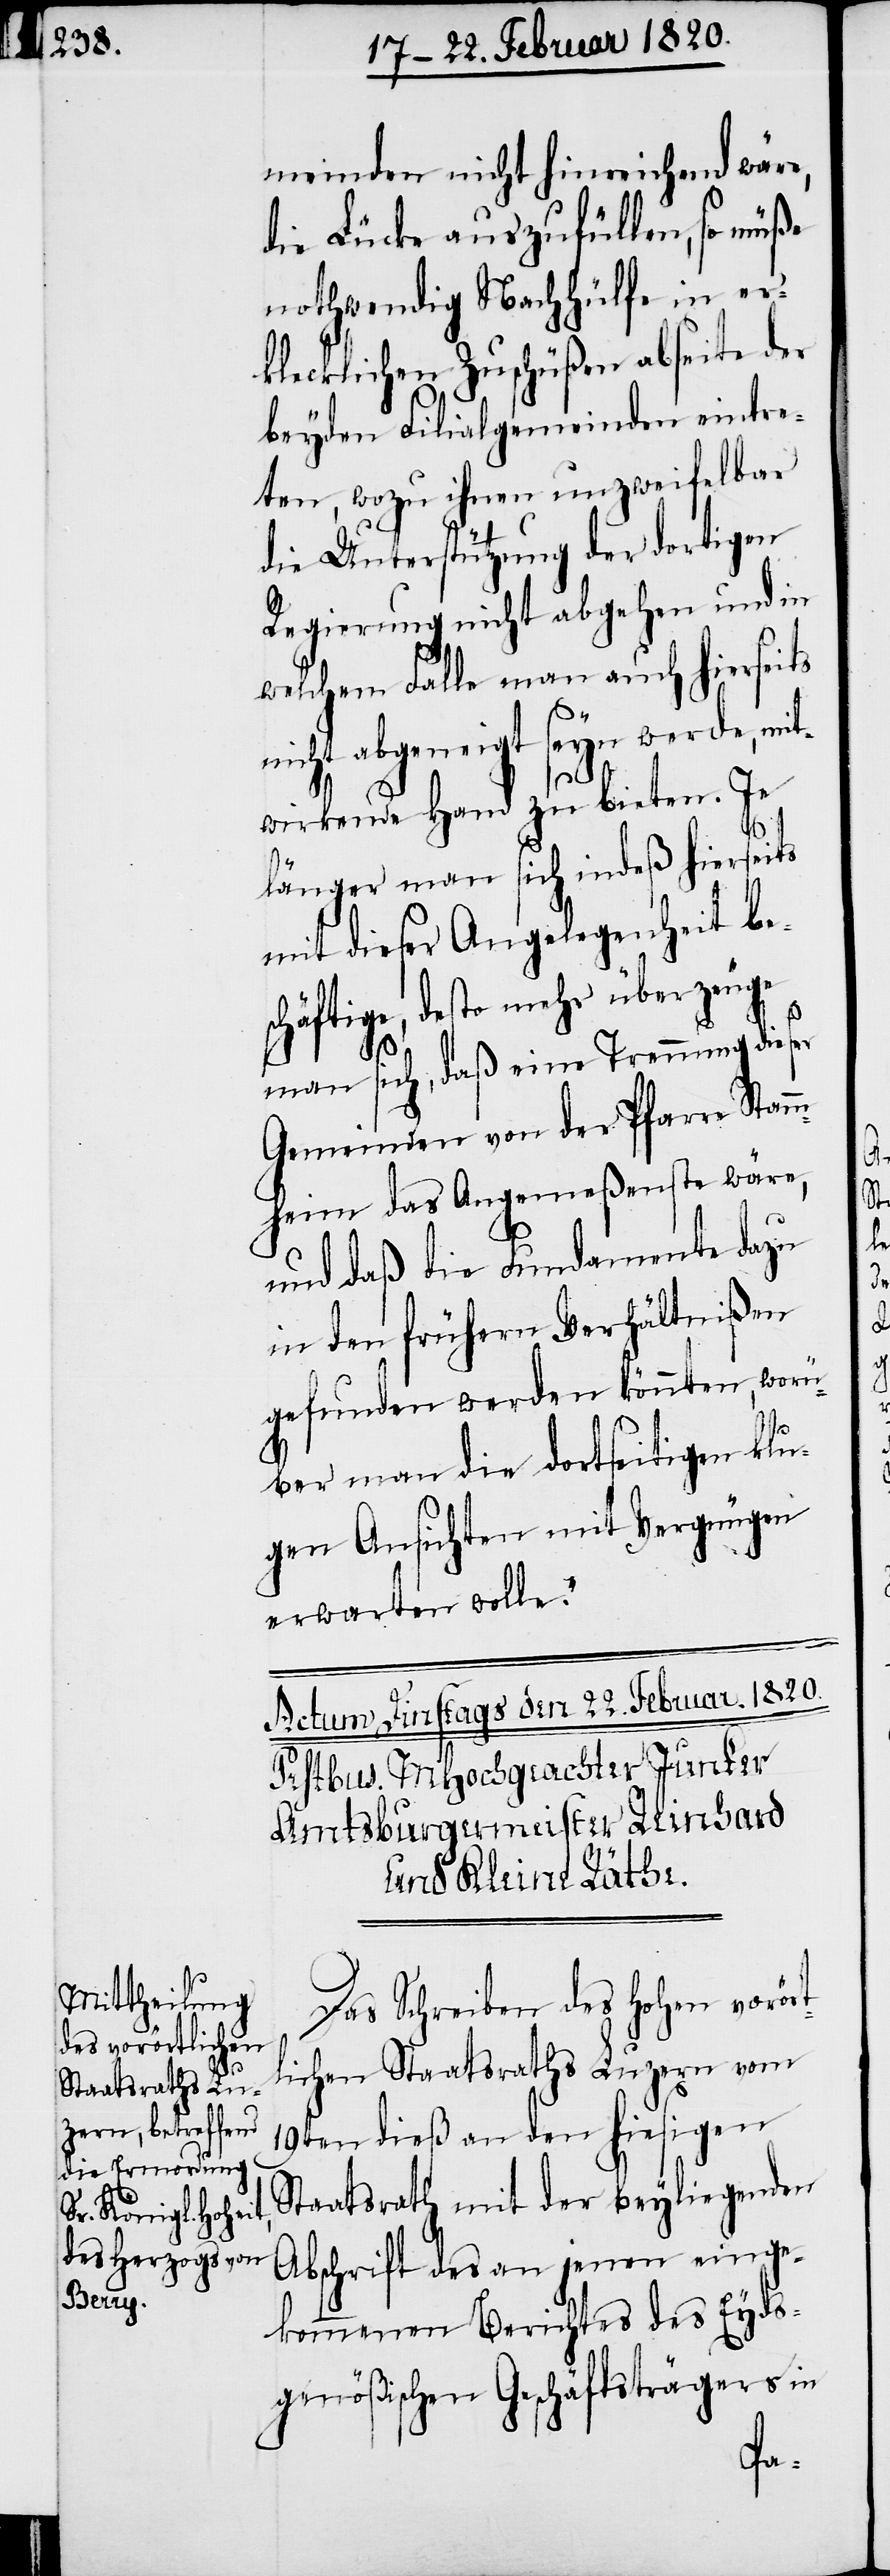
meinden nicht hinreichend wäre,
die Lücke auszufüllen, so müße
nothwendig Nachhülfe in er¬
klecklichen Zuschüßen abseite der
beyden Filialgemeinden eintre¬
ten, wozu ihnen unzweifelbar
die Unterstützung der dortigen
Regierung nicht abgehen und in
welchem Falle man auch hierseits
nicht abgeneigt seyn werde, mi¬
twirkende Hand zu bieten. Je
länger man sich indeß hierseits
mit dieser Angelegenheit be¬
schäftige, desto mehr überzeuge
man sich, daß eine Trennung dieser
Gemeinden von der Pfarre Stam¬
mheim das Angemeßenste wäre,
und daß die Fundamente dazu
in den frühern Verhältnißen
gefunden werden könnten, worü¬
ber man die dortseitigen klu¬
gen Ansichten mit Vergnügen
erwarten wolle.“
Das Schreiben des Hohen vorört¬
lichen Staatsraths Luzern vom
19ten dieß an den hiesigen
Staatsrath mit der beyliegenden
Abschrift des an jenen einge¬
kommenen Berichtes des Eyds¬
genößischen Geschäftsträgers in